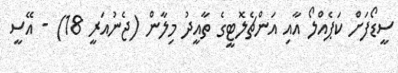
ސީޑޯފަށް ކަޕެއްލޯ އާއި އަންޗެލޮޓީގެ ތާއީދު މިލާން (ޖެނުއަރީ 18) - އޭސީ